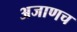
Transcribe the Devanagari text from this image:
अजाणच